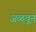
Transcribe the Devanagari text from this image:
जळवून